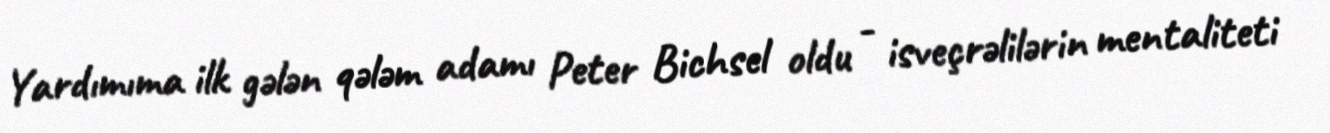
Yardımıma ilk gələn qələm adamı Peter Bichsel oldu - isveçrəlilərin mentaliteti